Report on the working of the mental hospitals for Indians in Bihar and Orissa - 1925-1929
Year: 1925
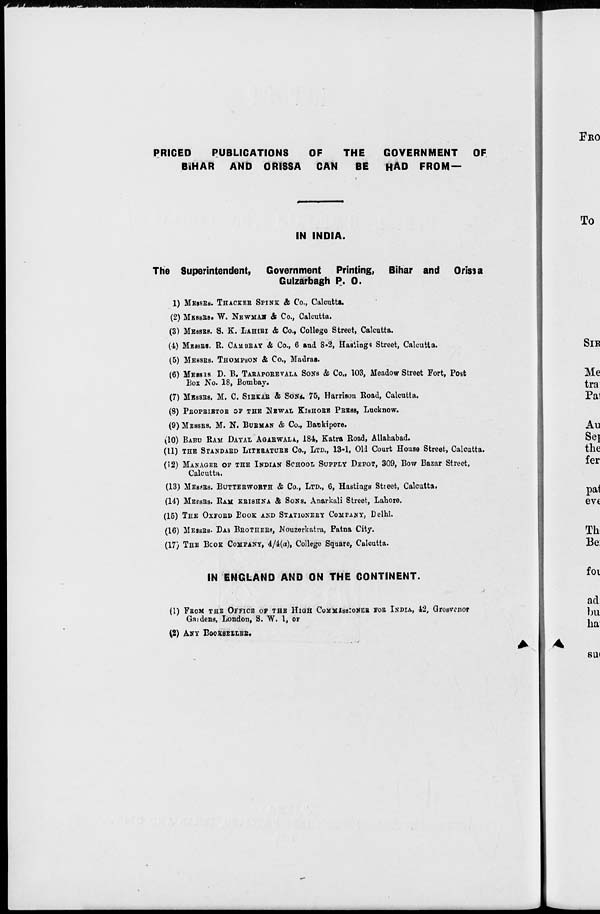
PRICED
PUBLICATIONS
OF
THE
GOVERNMENT OF
BIHAR AND ORISSA CAN
BE
HAD FROM —
IN INDIA.
The Superintendent, Government Printing, Bihar and Orissa
Gulzarbagh P. O.
(1)MESSRS. THACKER SPINK & Co., Calcutta.
(2) MESSRS. W. NEWMAN & Co., Calcutta.
(3) MESSRS. S. K. LAHIRI & Co., College Street, Calcutta.
(4) MESSRS. R. CAMBRAY & Co., 6 and 8-2, Hastings Street, Calcutta.
(5) MESSRS. THOMPSON & Co., Madras.
(6) MESSRS D. B. TARAPOREVALA SONS & Co., 103, Meadow Street Fort, Post
Box No. 18, Bombay.
(7) MESSRS, M. C. SIRKAR & SONS. 75, Harrison Road, Calcutta.
(8) PROPRIETOR OF THE NEWAL KISHORE PRESS, Lucknow.
(9) MESSRS. M. N. BURMAN & Co., Bankipore.
(10) BABU RAM DAYAL AGARWALA, 184, Katra Road, Allahabad.
(11) THE STANDARD LITERATURE Co., LTD., 13-1, Old Court House Street, Calcutta.
(12) MANAGER OF THE INDIAN SCHOOL SUPPLY DEPOT, 309, Bow Bazar Street,
Calcutta.
(13) MESSRS. BUTTERWORTH & Co., LTD., 6, Hastiags Street, Calcutta.
(14) MESSRS. RAM KRISHNA & SONS. Anarkali Street, Lahore,
(15) THE OXFORD BOOK AND STATIONERY COMPANY, Delhi.
(16) MESSRS. DAS BROTHERS, Nouzerkatra, Patna City.
(17) THE BOOK COMPANY, 4/4(a), College Square, Calcutta.
IN ENGLAND AND ON THE CONTINENT.
(1) FROM THE OFFICE OF THE HIGH COMMISSIONER FOR INDIA 42, Grosvenor
Gardens, London, S. W. 1, or
(2) ANY BOOKSELLER.